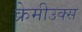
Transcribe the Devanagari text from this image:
क्रेमीउक्स